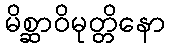
မိစ္ဆာဝိမုတ္တိနော